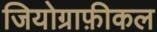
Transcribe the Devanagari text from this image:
जियोग्राफ़ीकल